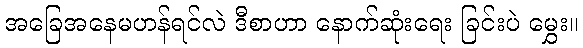
အခြေအနေမဟန်ရင်လဲ ဒီစာဟာ နောက်ဆုံးရေး ခြင်းပဲ မွှေး။